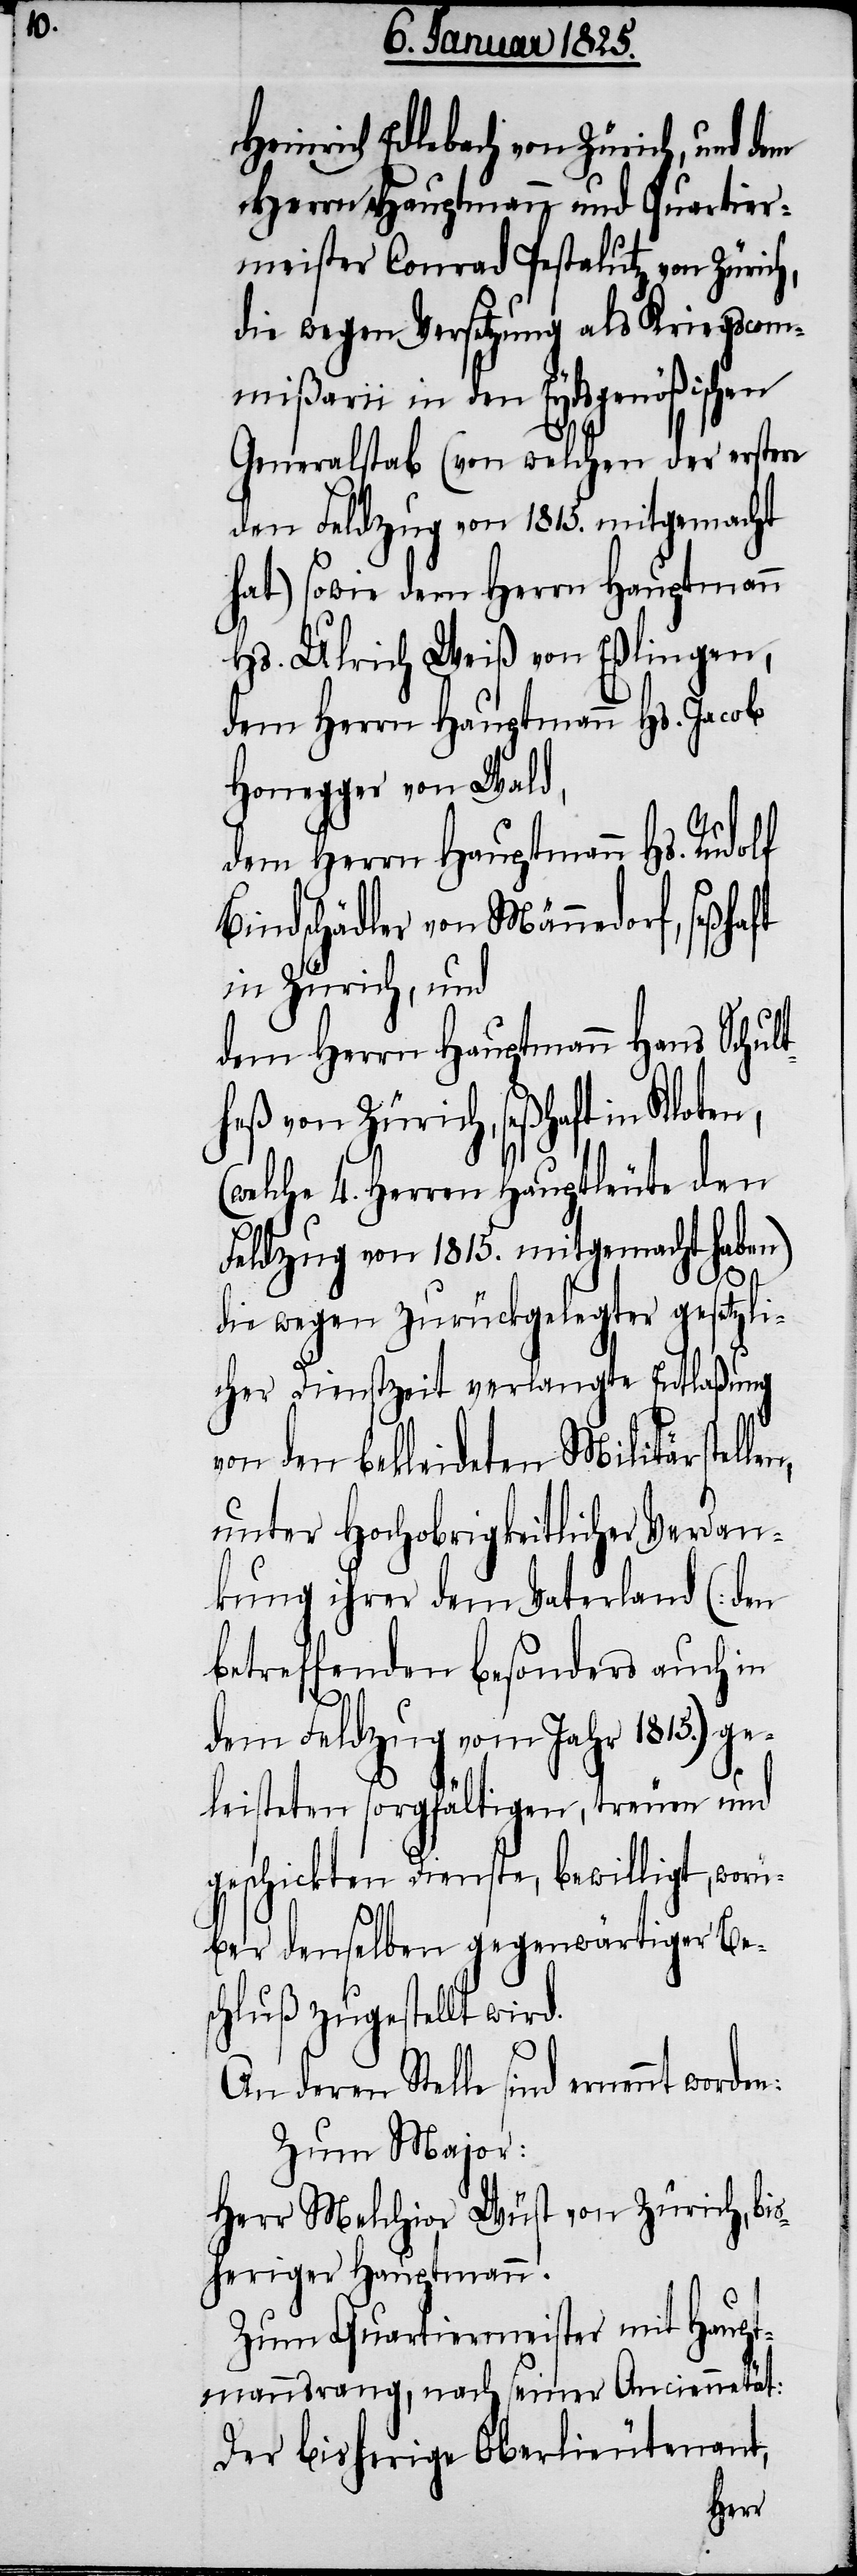
Heinrich Edlebach von Zürich, und dem
Herrn Hauptmann und Quartier¬
meister Conrad Pestalutz von Züric¬
die wegen Versetzung als Kriegscom¬
mißarii in den Eydsgenößischen
Generalstab (von welchen der erstere
den Feldzug von 1815. mitgemacht
hat) sowie dem Herrn Hauptmann
Hs. Ulrich Weiß von Eßlingen,
dem Herrn Hauptmann Hs. Jacob
Honegger von Wald,
dem Herrn Hauptmann Hs. Rudolf
Bindschädler von Männedorf, seßhaft
in Zürich, und
dem Herrn Hauptmann Hans Schult¬
heß von Zürich, seßhaft in Klote¬
(welche 4. Herren Hauptleute den
Feldzug von 1815. mitgemacht haben)
die wegen zurückgelegter gesetzli¬
cher Dienstzeit verlangte Entlaßung
von den bekleideten Militärstelle¬
unter Hochobrigkeitlicher Verdan¬
kung ihrer dem Vaterland (den
betreffenden besonders auch in
dem Feldzug vom Jahr 1815.) ge¬
leisteten sorgfältigen, treuen und
geschickten Dienste, bewilligt, worü¬
ber denselben gegenwärtiger Be¬
schluß zugestellt wird.
und
An deren Stelle sind ernennt worden:
Zum Major:
Herr Melchior Wüst von Zürich, bi¬
sheriger Hauptmann.
Zum Quartiermeister mit Haupt¬
mannsrang, nach seiner Anciennetät:
Der bisherige Oberlieutenant,
Herr